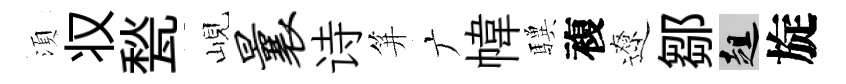
湏𠬧甃峴曩诗笄广幃驥複遼鄒趄旋